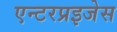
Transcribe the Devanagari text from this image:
एन्टरप्रइजेस